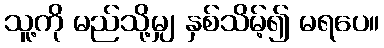
သူ့ကို မည်သို့မျှ နှစ်သိမ့်၍ မရပေ။